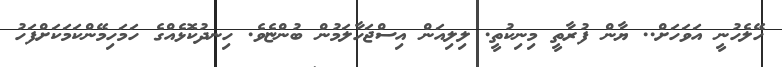
ހޭލެހުނީ އަވަހަށް.. ޔާން ފުރާތީ މިނިކުތީ. ލިލިއަން އިސްޖަހާލަމުން ބުންޏެވެ. ހިނދުކޮޅެއްގެ ހަމަހިމޭންކަމަކަށްފަހު